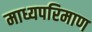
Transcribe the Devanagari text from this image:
माध्यपरिमाण